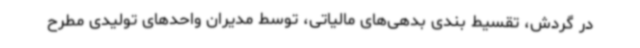
در گردش، تقسیط بندی بدهی‌های مالیاتی، توسط مدیران واحدهای تولیدی مطرح